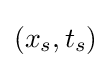
(x_{s},t_{s})